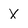
Character: X